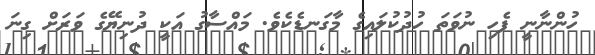
ހުންނާނީ ފެހި ނުވަތަ ހުދުކުލައިގެ މާގަނޑެކެވެ. މައްސާގު އަކީ ދުނިޔޭގެ ވަރަށް ގިނަ